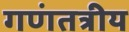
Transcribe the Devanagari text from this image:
गणंतत्रीय